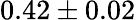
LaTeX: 0.42\pm 0.02